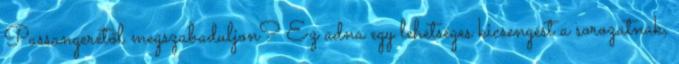
Passangerétől megszabaduljon? Ez adna egy lehetséges kicsengést a sorozatnak,